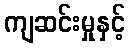
ကျဆင်းမှုနှင့်